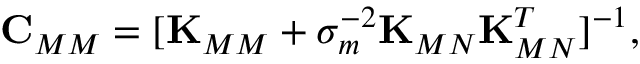
\centering \begin{array} { r } { \boldsymbol { \mathbf { C } } _ { M M } = [ \boldsymbol { \mathbf { K } } _ { M M } + \sigma _ { m } ^ { - 2 } \boldsymbol { \mathbf { K } } _ { M N } \boldsymbol { \mathbf { K } } _ { M N } ^ { T } ] ^ { - 1 } , } \end{array}